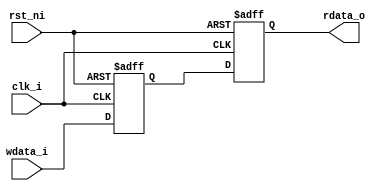
/*
* 2 DFF sync clock domain crossing
* for async fifo queue
*/
`timescale 1ns/1ps

module ff2_sync #(
    parameter WIDTH = 32
) (
    input wire clk_i,
    input wire rst_ni,
    input wire [WIDTH-1:0] wdata_i,
    output reg [WIDTH-1:0] rdata_o
);

reg [WIDTH-1:0] p0;

always @(posedge clk_i, negedge rst_ni)
    if(~rst_ni) begin
        p0 <= 0;
        rdata_o <= 0;
    end
    else
        {rdata_o, p0} <= {p0, wdata_i};

endmodule